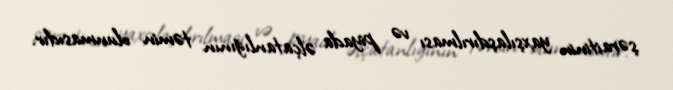
şəraitinin yaxşılaşdırılması və piyada əlçatanlığının təmin olunmasıdır.